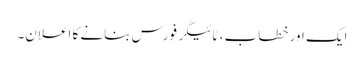
ایک اور خطاب ، ٹائیگر فورس بنانے کا اعلان۔